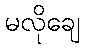
မလိုချေ